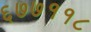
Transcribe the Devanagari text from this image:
६७७११८